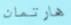
هارتمان